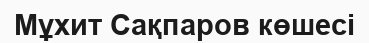
Мұхит Сақпаров көшесі